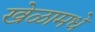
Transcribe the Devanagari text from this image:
खेळामधे